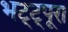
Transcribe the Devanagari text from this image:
भट्ट्पूरा